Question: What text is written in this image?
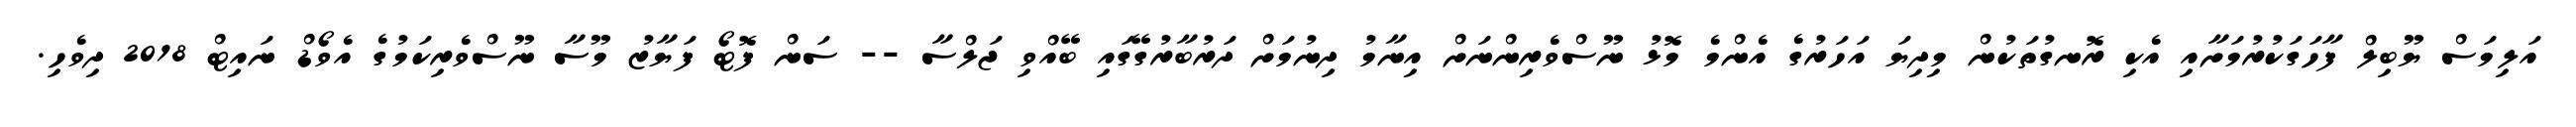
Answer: އަލިމަސް ޔޫބިލް ފާހަގަކުރުމަށާއި އެކި ރޮނގުތަކުން މިދިޔަ އަހަރުގެ އެންމެ މޮޅު ނޫސްވެރިންނަށް އިނާމު ދިނުމަށް ދަރުބާރުގޭގައި ބޭއްވި ޖަލްސާ -- ސަން ފޮޓޯ ފަޔާޒު މޫސާ ނޫސްވެރިކަމުގެ އެވޯޑް ނައިޓް 2018 ދިވެހި.